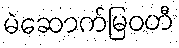
မဲဆောက်မြဝတီ